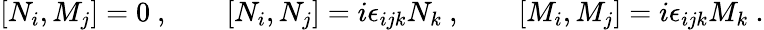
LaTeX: [N_{i},M_{j}]=0\ ,\qquad[N_{i},N_{j}]=i\epsilon_{ijk}N_{k}\ ,\qquad[M_{i},M_{j}]=i\epsilon_{ijk}M_{k}\ .